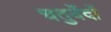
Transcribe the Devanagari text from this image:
चतुर्वेदों